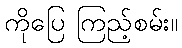
ကိုပြေ ကြည့်စမ်း။